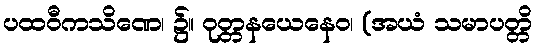
ပထဝီကသိဏေ၊ ၌။ ဝုတ္တနယေနေဝ၊ (အယံ သမာပတ္တိ